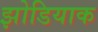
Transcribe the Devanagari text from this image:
झोडियाक